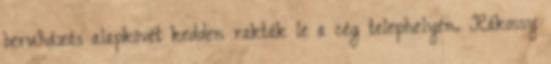
beruházás alapkövét kedden rakták le a cég telephelyén. Rákossy